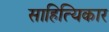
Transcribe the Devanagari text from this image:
साहित्यिकार